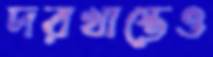
দরখাস্তেও